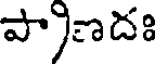
పా)ణదః